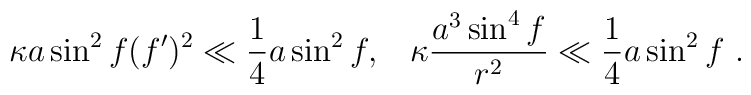
\kappa a \sin^2 f(f')^2 \ll \frac{1}{4}a \sin^2 f,\;\;\; \kappa\frac{a^3 \sin^4 f}{r^2} \ll \frac{1}{4}a \sin^2 f\ .